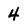
Character: 4